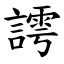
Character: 謣